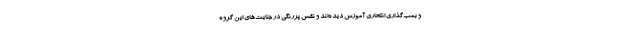
و بمب‌گذاری انتحاری آموزش دیده‌اند و نقش پررنگی در جنایت‌های این گروه